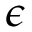
\epsilon